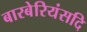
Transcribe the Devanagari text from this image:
बारबेरियंसदि